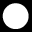
\bigcirc